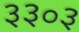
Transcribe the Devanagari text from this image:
३३०३